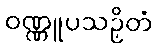
ဝဏ္ဏူပသဉှိတံ